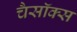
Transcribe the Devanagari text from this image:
चैसॉक्स